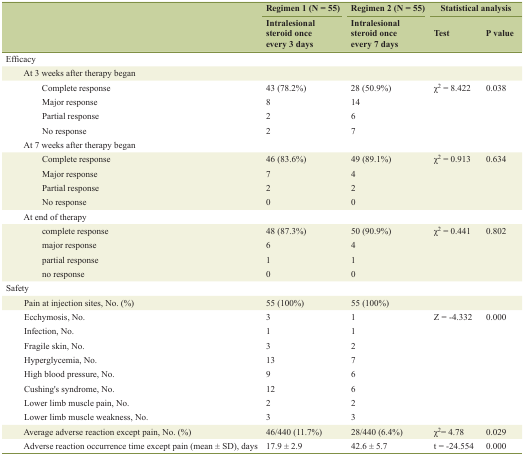
| <ROWSPAN=2>  | Regimen 1 (N = 55) | Regimen 2 (N = 55) | <COLSPAN=2> Statistical analysis |
 | Intralesional steroid once every 3 days | Intralesional steroid once every 7 days | Test | P value |
 | --- | --- | --- | --- | --- |
 | Efficacy |  |  |  |  |
 | At 3 weeks after therapy began |  |  |  |  |
 | Complete response | 43 (78.2%) | 28 (50.9%) | <ROWSPAN=4> χ2 = 8.422 | <ROWSPAN=4> 0.038 |
 | Major response | 8 | 14 |
 | Partial response | 2 | 6 |
 | No response | 2 | 7 |
 | At 7 weeks after therapy began |  |  |  |  |
 | Complete response | 46 (83.6%) | 49 (89.1%) | <ROWSPAN=4> χ2 = 0.913 | <ROWSPAN=4> 0.634 |
 | Major response | 7 | 4 |
 | Partial response | 2 | 2 |
 | No response | 0 | 0 |
 | At end of therapy |  |  |  |  |
 | complete response | 48 (87.3%) | 50 (90.9%) | <ROWSPAN=4> χ2 = 0.441 | <ROWSPAN=4> 0.802 |
 | major response | 6 | 4 |
 | partial response | 1 | 1 |
 | no response | 0 | 0 |
 | Safety |  |  |  |  |
 | Pain at injection sites, No. (%) | 55 (100%) | 55 (100%) |  |  |
 | Ecchymosis, No. | 3 | 1 | <ROWSPAN=8> Z = -4.332 | <ROWSPAN=8> 0.000 |
 | Infection, No. | 1 | 1 |
 | Fragile skin, No. | 3 | 2 |
 | Hyperglycemia, No. | 13 | 7 |
 | High blood pressure, No. | 9 | 6 |
 | Cushing's syndrome, No. | 12 | 6 |
 | Lower limb muscle pain, No. | 2 | 2 |
 | Lower limb muscle weakness, No. | 3 | 3 |
 | Average adverse reaction except pain, No. (%) | 46/440 (11.7%) | 28/440 (6.4%) | χ2= 4.78 | 0.029 |
 | Adverse reaction occurrence time except pain (mean ± SD), days | 17.9 ± 2.9 | 42.6 ± 5.7 | t = -24.554 | 0.000 |